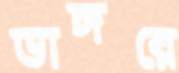
ভাঙ্গরে